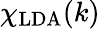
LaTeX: \chi_{\mathrm{LDA}}(k)